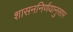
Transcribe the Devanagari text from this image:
शासननिर्णयानुसार